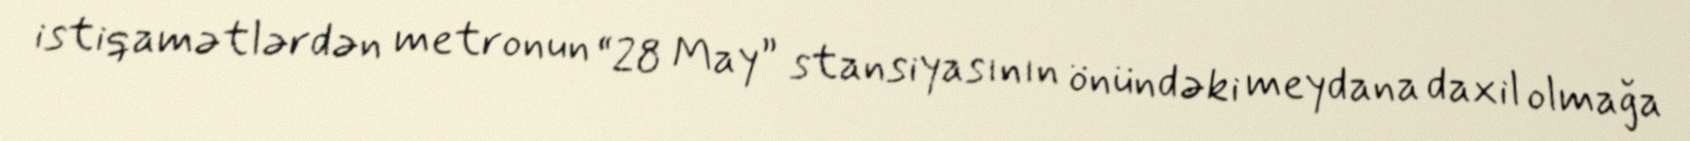
istiqamətlərdən metronun “28 May” stansiyasının önündəki meydana daxil olmağa